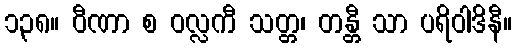
၁၃၈။ ဝီဏာ စ ဝလ္လကီ သတ္တ၊ တန္တီ သာ ပရိဝါဒိနီ။